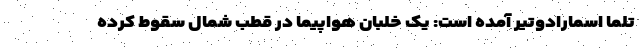
تلما اسمارادوتیر آمده است: یک خلبان هواپیما در قطب شمال سقوط کرده